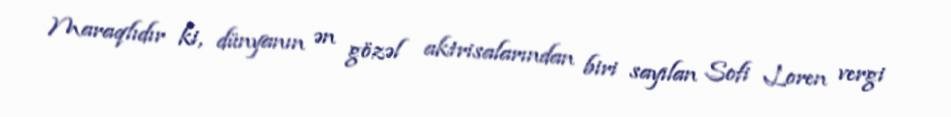
Maraqlıdır ki, dünyanın ən gözəl aktrisalarından biri sayılan Sofi Loren vergi